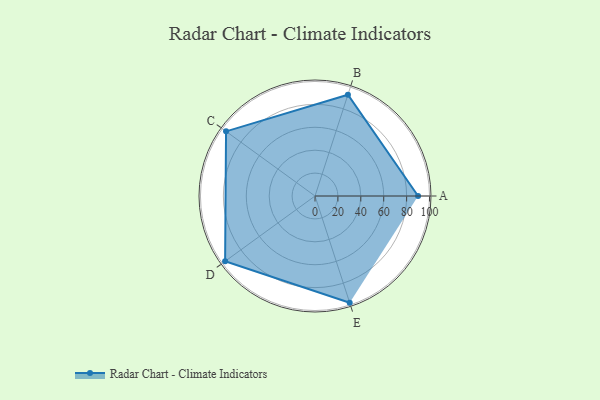
{"axis": {"x": "Skill", "y": "Score"}, "legend": ["Profile"], "data": [{"x": "A", "y": 90.0, "type": "Profile"}, {"x": "B", "y": 93.0, "type": "Profile"}, {"x": "C", "y": 96.0, "type": "Profile"}, {"x": "D", "y": 97.0, "type": "Profile"}, {"x": "E", "y": 98.0, "type": "Profile"}]}